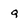
Character: Q